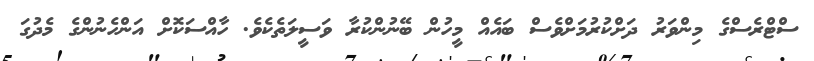
ސްޓްރެސްގެ މިންވަރު ދަށްކުރުމަށްވެސް ބައެއް މީހުން ބޭނުންކުރާ ވަސީލަތެކެވެ. ހާއްސަކޮށް އަންހެނުންގެ މެދުގަ